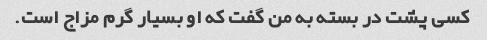
کسی پشت در بسته به من گفت که او بسیار گرم مزاج است.